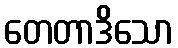
တေတာဒိသော